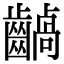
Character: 𪙚